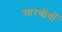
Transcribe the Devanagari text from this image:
सारणीयाँ